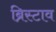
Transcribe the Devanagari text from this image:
ब्रिस्टाव